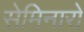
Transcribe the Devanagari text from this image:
सेमिनारो